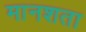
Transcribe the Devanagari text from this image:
मानशता